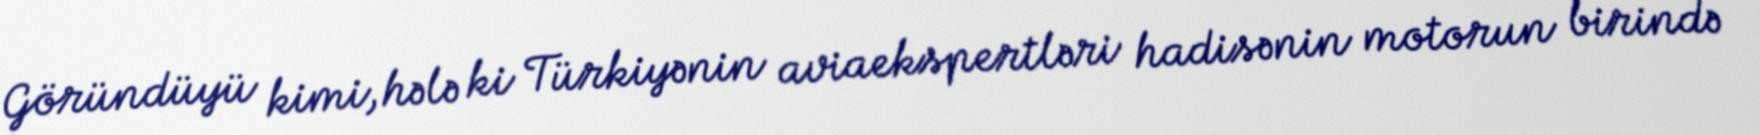
Göründüyü kimi, hələ ki Türkiyənin aviaekspertləri hadisənin motorun birində